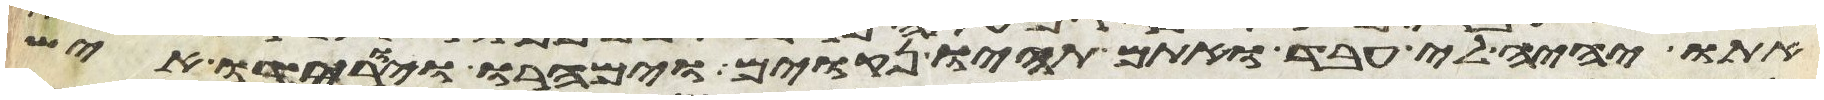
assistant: אתו יהיה לי עבד ואתם תהיו נקואים וימהרו ויורידו איש